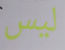
ليس